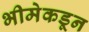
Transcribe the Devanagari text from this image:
भीमेकडून